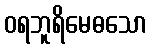
ဝရဘူရိမေဓသော